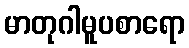
မာတုဂါမူပစာရော